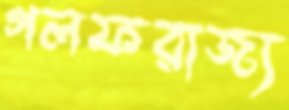
গলফরাজ্য